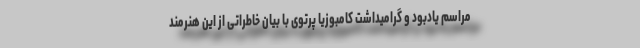
مراسم یادبود و گرامیداشت کامبوزیا پرتوی با بیان خاطراتی از این هنرمند